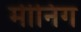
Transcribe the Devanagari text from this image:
मीनिग